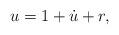
LaTeX: \begin{align*}u = 1 + \dot u + r,\end{align*}